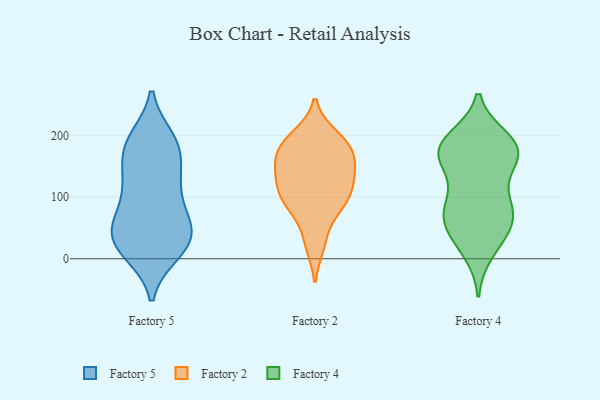
{"axis": {"x": "Inventory Turnover", "y": "Value"}, "legend": ["Factory 2", "Factory 4", "Factory 5"], "data": [{"x": "", "y": 188, "type": "Factory 5"}, {"x": "", "y": 131, "type": "Factory 5"}, {"x": "", "y": 189, "type": "Factory 5"}, {"x": "", "y": 194, "type": "Factory 5"}, {"x": "", "y": 13, "type": "Factory 5"}, {"x": "", "y": 10, "type": "Factory 5"}, {"x": "", "y": 21, "type": "Factory 5"}, {"x": "", "y": 22, "type": "Factory 5"}, {"x": "", "y": 55, "type": "Factory 5"}, {"x": "", "y": 138, "type": "Factory 5"}, {"x": "", "y": 24, "type": "Factory 5"}, {"x": "", "y": 108, "type": "Factory 5"}, {"x": "", "y": 45, "type": "Factory 5"}, {"x": "", "y": 58, "type": "Factory 5"}, {"x": "", "y": 54, "type": "Factory 5"}, {"x": "", "y": 94, "type": "Factory 5"}, {"x": "", "y": 55, "type": "Factory 5"}, {"x": "", "y": 184, "type": "Factory 5"}, {"x": "", "y": 132, "type": "Factory 5"}, {"x": "", "y": 175, "type": "Factory 5"}, {"x": "", "y": 131, "type": "Factory 2"}, {"x": "", "y": 129, "type": "Factory 2"}, {"x": "", "y": 171, "type": "Factory 2"}, {"x": "", "y": 180, "type": "Factory 2"}, {"x": "", "y": 98, "type": "Factory 2"}, {"x": "", "y": 127, "type": "Factory 2"}, {"x": "", "y": 175, "type": "Factory 2"}, {"x": "", "y": 83, "type": "Factory 2"}, {"x": "", "y": 160, "type": "Factory 2"}, {"x": "", "y": 199, "type": "Factory 2"}, {"x": "", "y": 98, "type": "Factory 2"}, {"x": "", "y": 86, "type": "Factory 2"}, {"x": "", "y": 88, "type": "Factory 2"}, {"x": "", "y": 192, "type": "Factory 2"}, {"x": "", "y": 196, "type": "Factory 2"}, {"x": "", "y": 145, "type": "Factory 2"}, {"x": "", "y": 162, "type": "Factory 2"}, {"x": "", "y": 29, "type": "Factory 2"}, {"x": "", "y": 23, "type": "Factory 2"}, {"x": "", "y": 119, "type": "Factory 2"}, {"x": "", "y": 178, "type": "Factory 4"}, {"x": "", "y": 171, "type": "Factory 4"}, {"x": "", "y": 174, "type": "Factory 4"}, {"x": "", "y": 145, "type": "Factory 4"}, {"x": "", "y": 30, "type": "Factory 4"}, {"x": "", "y": 68, "type": "Factory 4"}, {"x": "", "y": 156, "type": "Factory 4"}, {"x": "", "y": 88, "type": "Factory 4"}, {"x": "", "y": 56, "type": "Factory 4"}, {"x": "", "y": 187, "type": "Factory 4"}, {"x": "", "y": 83, "type": "Factory 4"}, {"x": "", "y": 91, "type": "Factory 4"}, {"x": "", "y": 176, "type": "Factory 4"}, {"x": "", "y": 12, "type": "Factory 4"}, {"x": "", "y": 194, "type": "Factory 4"}, {"x": "", "y": 183, "type": "Factory 4"}, {"x": "", "y": 75, "type": "Factory 4"}, {"x": "", "y": 45, "type": "Factory 4"}]}